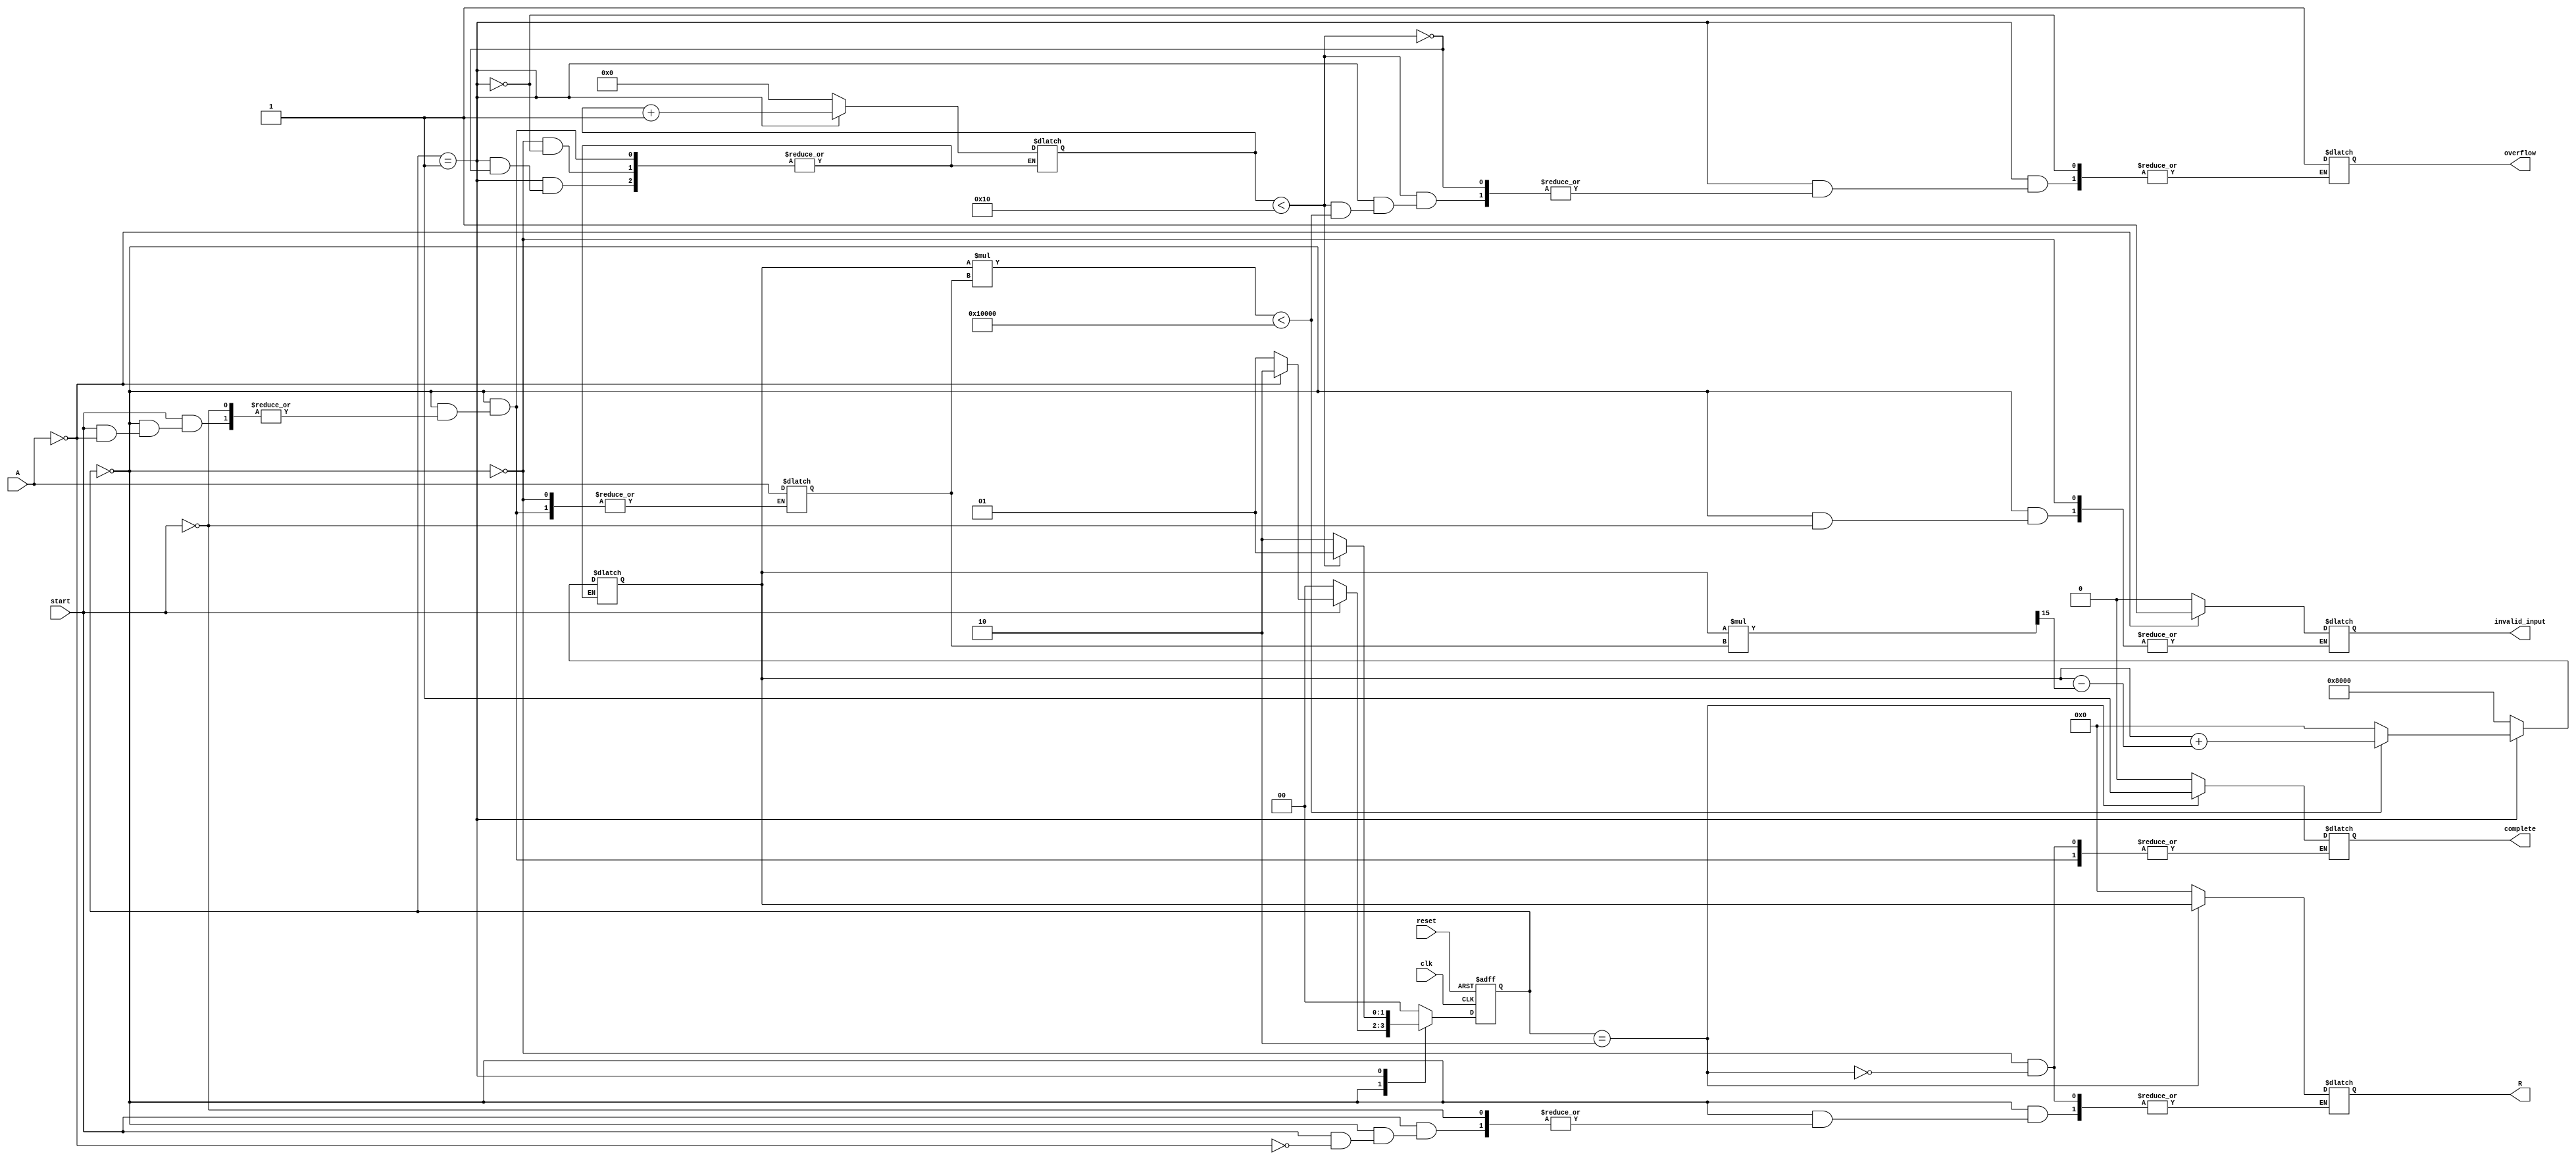
module BitwiseReciprocal #(
    parameter WIDTH = 16 // Width of input and output
)(
    input wire clk,
    input wire reset,
    input wire start,
    input wire [WIDTH-1:0] A, // Input
    output reg [WIDTH-1:0] R, // Output (reciprocal)
    output reg complete,       // Completion flag
    output reg overflow,       // Overflow flag
    output reg invalid_input    // Invalid input flag
);

    localparam IDLE      = 2'b00;
    localparam COMPUTING = 2'b01;
    localparam OUTPUT    = 2'b10;

    reg [1:0] state, next_state;
    reg [WIDTH-1:0] intermediate; // Intermediate result
    reg [WIDTH-1:0] approx;        // Approximation for the reciprocal
    reg [5:0] iteration_count;      // Counter for iterations
    reg [WIDTH-1:0] input_A;

    // FSM state transition
    always @(posedge clk or posedge reset) begin
        if (reset) begin
            state <= IDLE;
        end else begin
            state <= next_state;
        end
    end

    // FSM output logic
    always @(*) begin
        case (state)
            IDLE: begin
                if (start) begin
                    if (A == 0) begin
                        invalid_input = 1'b1;
                        R = {WIDTH{1'b0}}; // Handle division by zero
                        next_state = OUTPUT;
                    end else begin
                        input_A = A;
                        approx = {1'b1, {WIDTH-1{1'b0}}}; // Initialize approximation to 1
                        iteration_count = 0;
                        complete = 1'b0;
                        invalid_input = 1'b0;
                        next_state = COMPUTING;
                    end
                end else begin
                    next_state = IDLE;
                end
            end

            COMPUTING: begin
                if (iteration_count < WIDTH) begin
                    // Bitwise reciprocal approximation algorithm
                    if (approx * input_A < (1<<WIDTH)) begin
                        approx = approx + (approx - (approx * input_A >> (WIDTH - 1)));
                    end else begin
                        overflow = 1'b1; // Set overflow flag
                        approx = {WIDTH{1'b0}}; // Or handle accordingly
                    end
                    iteration_count = iteration_count + 1;
                    next_state = COMPUTING;
                end else begin
                    next_state = OUTPUT;
                end
            end

            OUTPUT: begin
                R = approx;
                complete = 1'b1;
                next_state = IDLE; // Return to idle state
            end

            default: next_state = IDLE;
        endcase
    end

endmodule